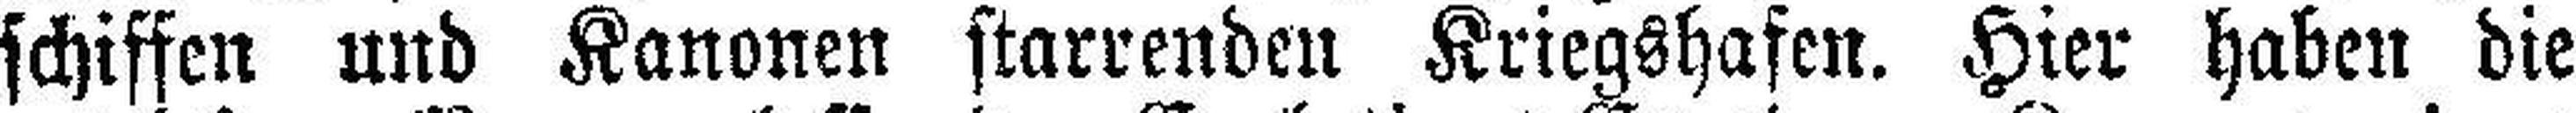
schiffen und Kanonen starrenden Kriegshafen. Hier haben die